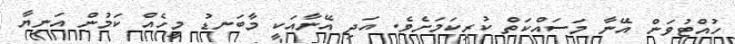
ހުއްޓުވަން އޭނާ މަސައްކަތް ކުރިކަމަށެވެ. އަދި އޭނާއަކީ މާބަނޑު މީހެއް ކަމުން އަނިޔާ